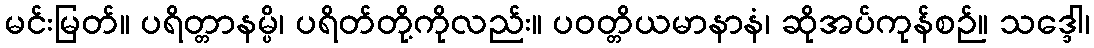
မင်းမြတ်။ ပရိတ္တာနမ္ပိ၊ ပရိတ်တို့ကိုလည်း။ ပဝတ္တိယမာနာနံ၊ ဆိုအပ်ကုန်စဉ်။ သဒ္ဒေါ၊